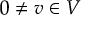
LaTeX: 0 \not = v \in V